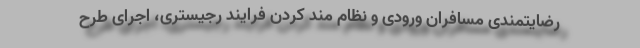
رضایتمندی مسافران ورودی و نظام مند کردن فرایند رجیستری، اجرای طرح